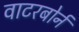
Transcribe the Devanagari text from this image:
वाटरबोर्न